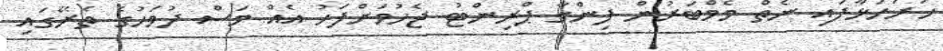
ހުށަހަޅާފައި ނެތް މެމްބަރުން ފިންގާ ޕްރިންޓު ޖެހުމަށްފަހު އެއް މަސް ދުވަހުގެ ތެރޭގައި